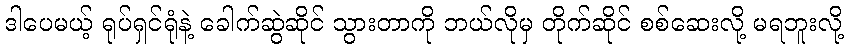
ဒါပေမယ့် ရုပ်ရှင်ရုံနဲ့ ခေါက်ဆွဲဆိုင် သွားတာကို ဘယ်လိုမှ တိုက်ဆိုင် စစ်ဆေးလို့ မရဘူးလို့